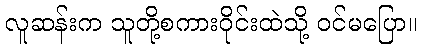
လူဆန်းက သူတို့စကားဝိုင်းထဲသို့ ဝင်မပြော။